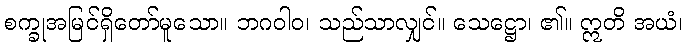
စက္ခုအမြင်ရှိတော်မူသော။ ဘဂဝါဝ၊ သည်သာလျှင်။ သေဋ္ဌော၊ ၏။ ဣတိ အယံ၊